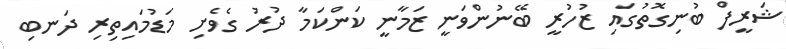
ޝަރީފް ބުނިގޮތުގައި ޒުހުރީ ބޭނުންވަނީ ޒަމާނީ ކަންކަމާ ދުރު ގެވެށި މަޑުމައިތިރި ދަނބި